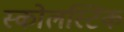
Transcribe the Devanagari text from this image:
स्कोलस्टिक